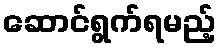
ဆောင်ရွက်ရမည့်